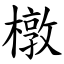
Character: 橔